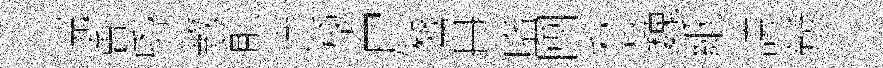
浣㑹帋斁前途榱尸鷖冉咯圑愁巍紙誇辨